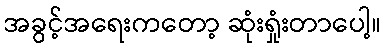
အခွင့်အရေးကတော့ ဆုံးရှုံးတာပေါ့။